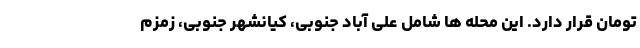
تومان قرار دارد. این محله ها شامل علی آباد جنوبی، کیانشهر جنوبی، زمزم